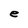
Character: e